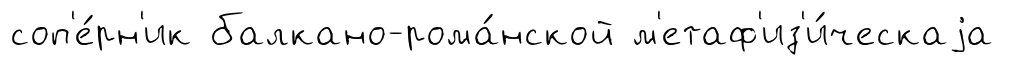
соп'е́рн'ик балкано-рома́нской м'етаф'из'и́ческаjа